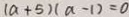
( a + 5 ) ( a - 1 ) = 0